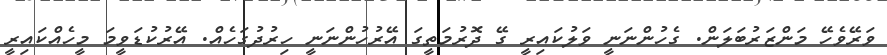
ވަރޭވެހޭ މަންޒަރުބަލަން. ގެހުންނަނީ ވަލުކައިރީ ގޭ ދޮރުމަތީގަ އޭރުހުންނަނީ ހިރުދުގަހެއް. އޭރުކުޑަވީމަ މީހެއްކައިރީ